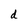
Character: d